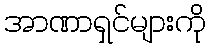
အာဏာရှင်များကို